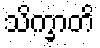
သိက္ခာတိ